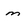
Character: m